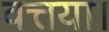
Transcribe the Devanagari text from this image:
वत्तया।